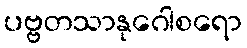
ပဗ္ဗတသာနုဂေါစရော